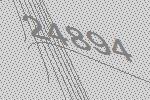
24894